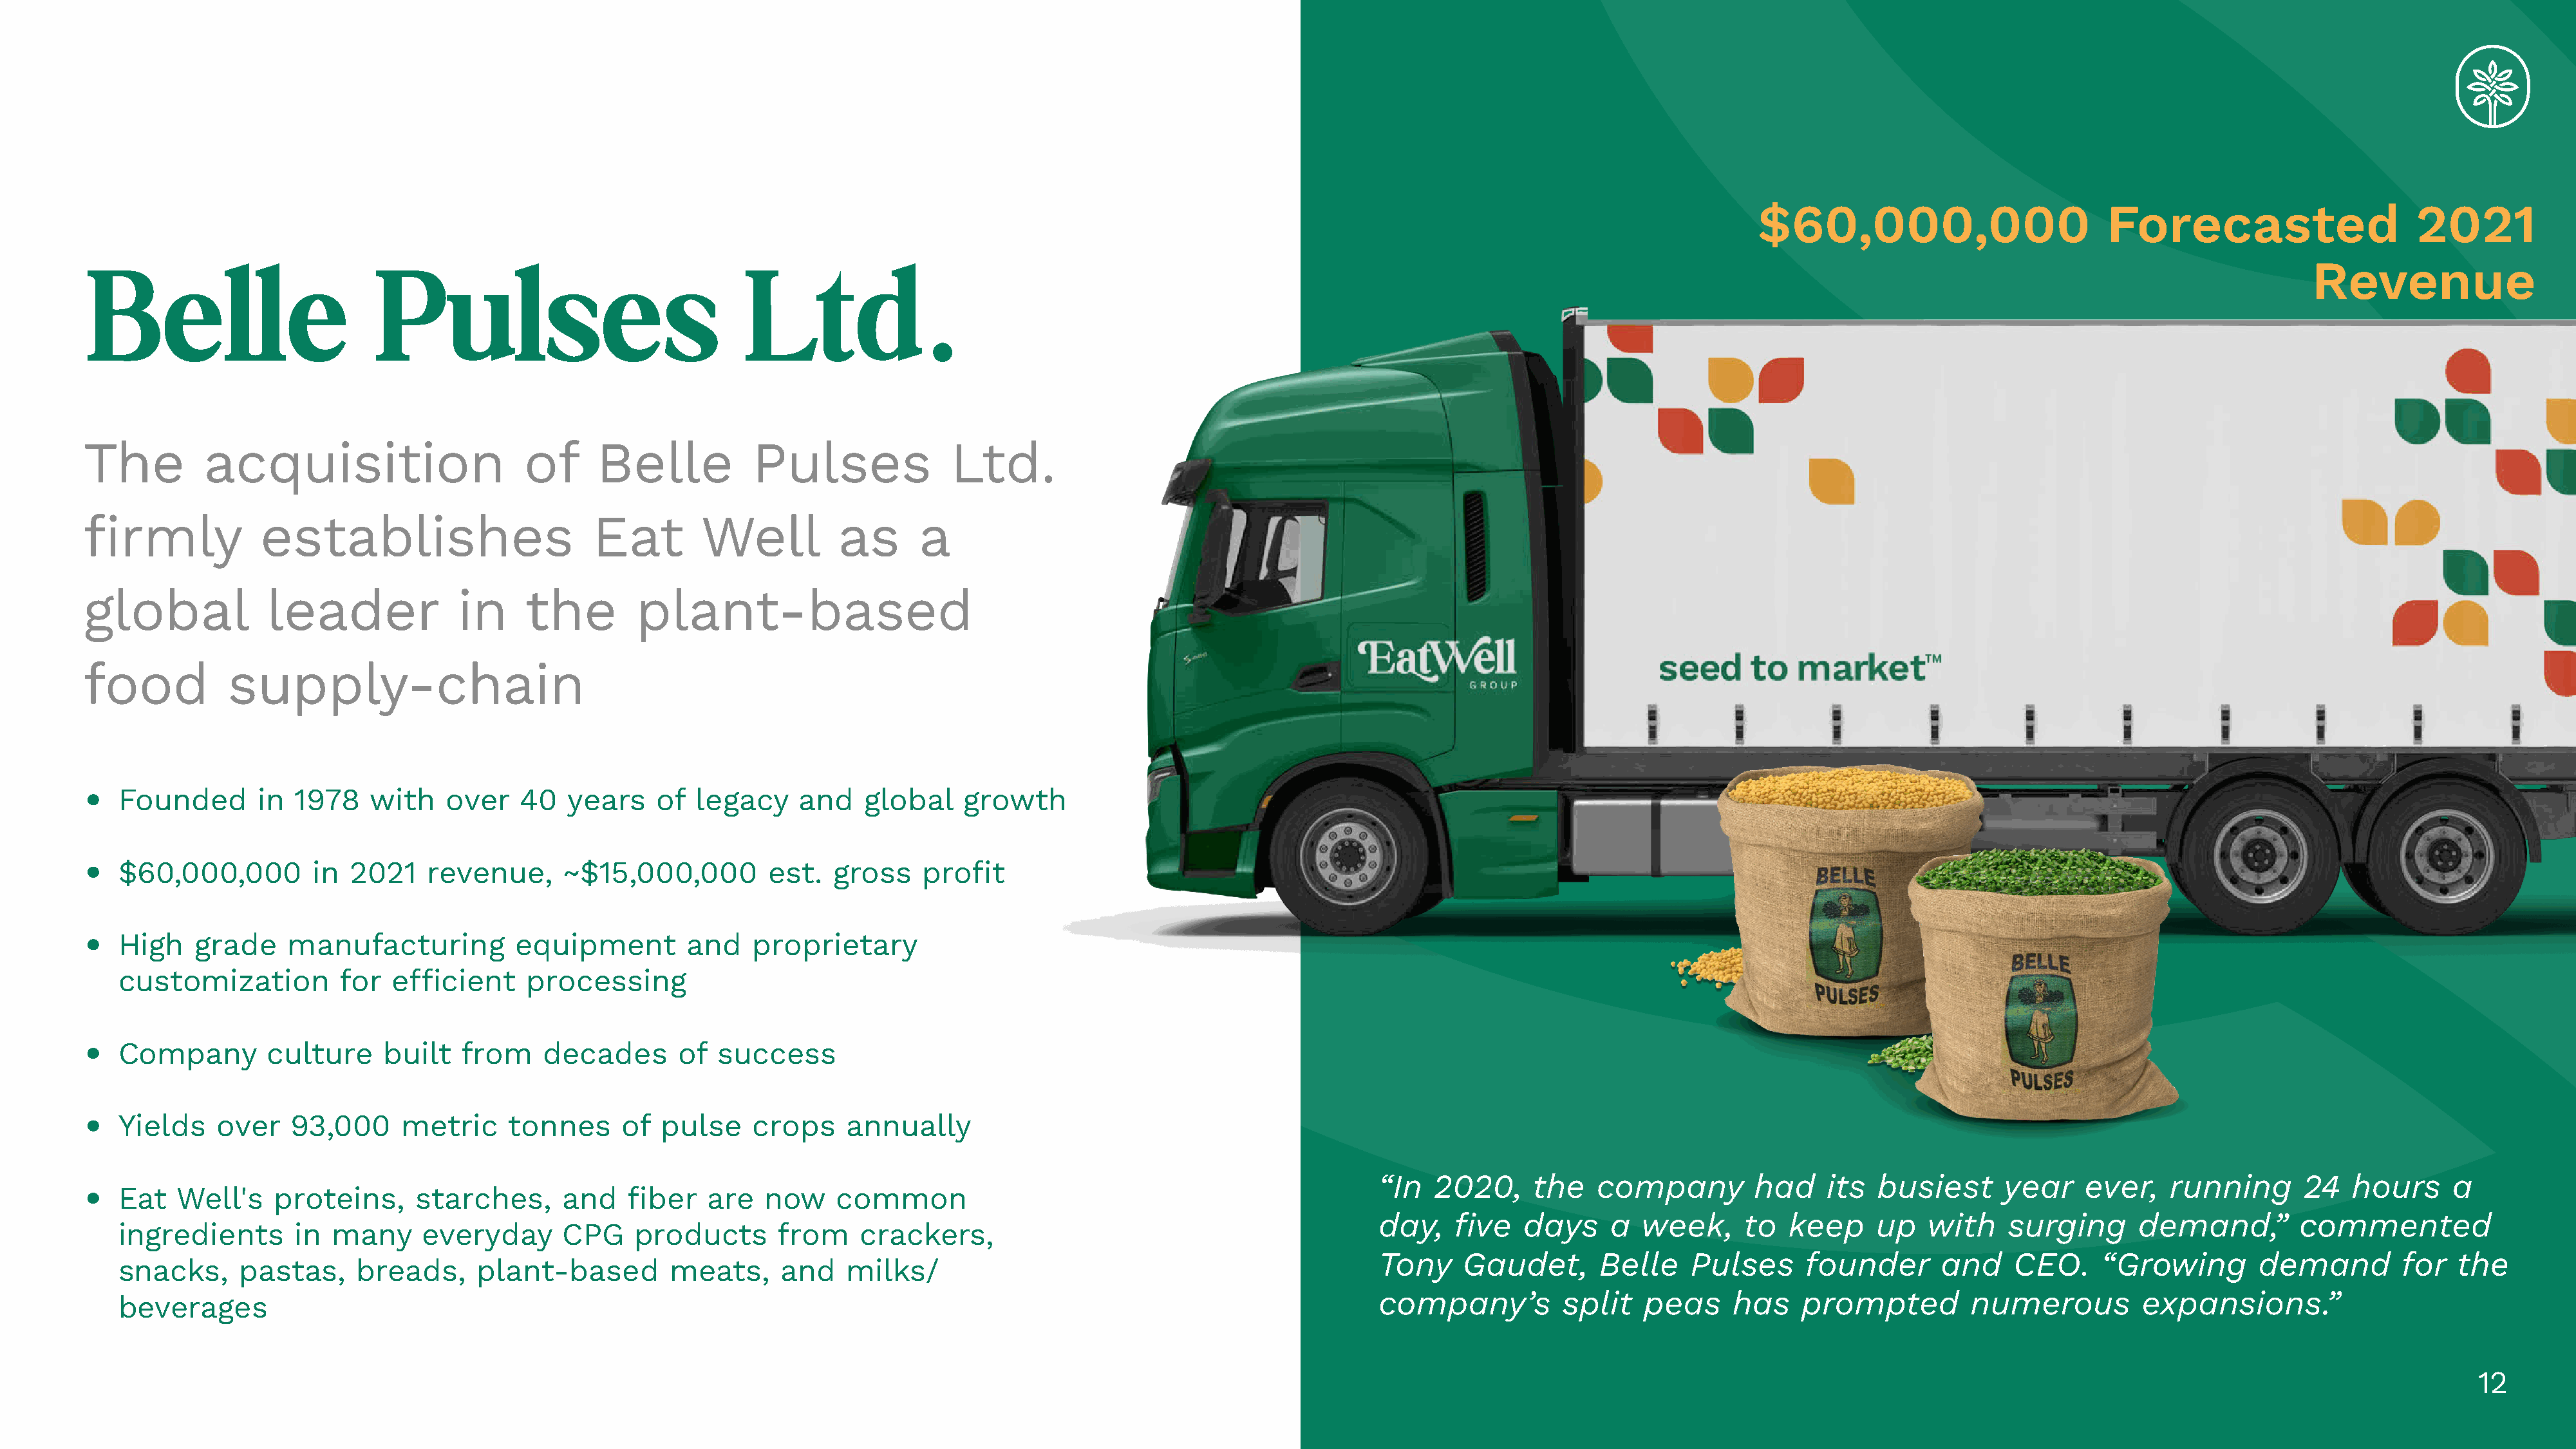
$60,000,000                         Forecasted                     2021
 Belle                         Pulses                                Ltd.                                                                                                                                                             Revenue
 The         acquisition                      of     Belle           Pulses               Ltd.
 firmly            establishes                       Eat        Well          as      a
 global            leader              in     the        plant-based
 food          supply-chain
 X
 •
 Founded        in 1978    with    over   40   years     of  legacy    and    global    growth
 •
 $60,000,000         in  2021    revenue,      ~$15,000,000         est.   gross    profit
 •
 High    grade     manufacturing          equipment         and   proprietary
 customization          for  efficient     processing
 •
 Company        culture     built   from     decades       of  success
 •
 Yields    over    93,000     metric     tonnes      of  pulse    crops     annually
 “In  2020,      the   company         had     its  busiest      year    ever,    running       24   hours     a
 •
 Eat   Well's    proteins,      starches,      and    fiber   are   now    common
 day,   five    days     a  week,     to   keep     up   with    surging       demand,”        commented
 ingredients       in  many     everyday       CPG    products       from    crackers,
 Tony    Gaudet,       Belle     Pulses      founder       and    CEO.     “Growing        demand         for   the
 snacks,      pastas,     breads,     plant-based         meats,     and    milks/
 company’s          split   peas     has    prompted          numerous         expansions.”
 beverages
 12